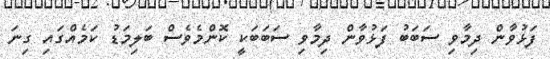
ފަޅުވާން ދިމާވި ސަބަބު ފަޅުވާން ދިމާވި ސަބަބަކީ ކޮންމެވެސް ބަލިމަޑު ކަމެއްގައި ގިނަ